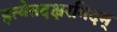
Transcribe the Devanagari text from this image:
इत्येतदक्षरमिदम्